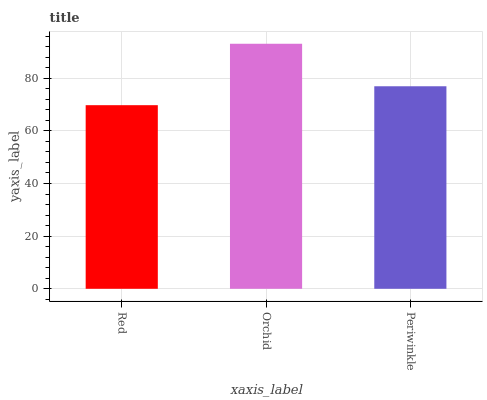
| xaxis_label | bars |
 | --- | --- |
 | Red | 69.7 |
 | Orchid | 93.1 |
 | Periwinkle | 76.9 |